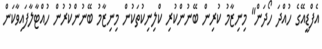
އެފްޑީއޭގެ ހުއްދަ ހޯދަން" މިނިޒާމު ކުރިން ބޭނުންކުރި ކްލިނިކުތަކުން މިނިޒާމު ބޭނުންކުރުން ހުއްޓާލާފައިވާކަން